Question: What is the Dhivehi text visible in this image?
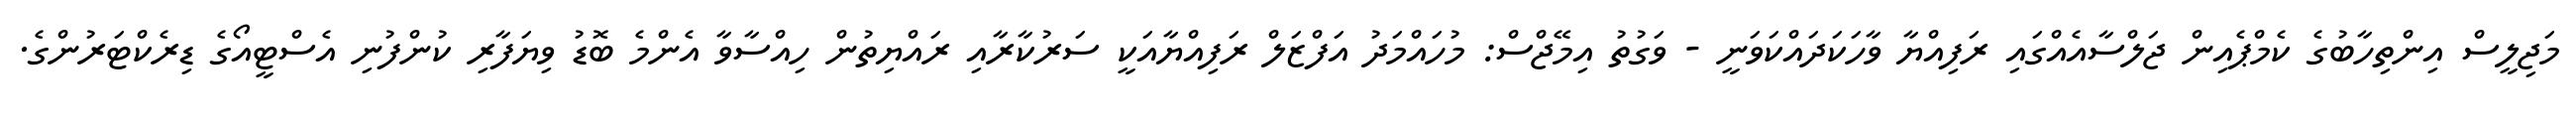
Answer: މަޖިލީސް އިންތިހާބުގެ ކެމްޕެއިން ޖަލްސާއެއްގައި ރަފިއްޔާ ވާހަކަދައްކަވަނީ - ވަގުތު އިމޭޖްސް: މުހައްމަދު އަފްޒަލް ރަފިއްޔާއަކީ ސަރުކާރާއި ރައްޔިތުން ހިއްސާވާ އެންމެ ބޮޑު ވިޔަފާރި ކުންފުނި އެސްޓީއޯގެ ޑިރެކްޓަރުންގެ.